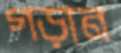
গড়ান